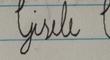
Signature authenticity: forged